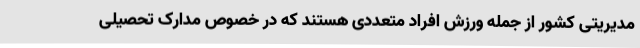
مدیریتی کشور از جمله ورزش افراد متعددی هستند که در خصوص مدارک تحصیلی